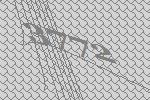
3772